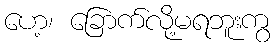
ဟေ့၊ ခြောက်လို့မရဘူးကွ